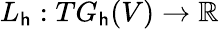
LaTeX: L_{\mathsf{h}}:TG_{\mathsf{h}}(V)\to\mathbb{{R}}